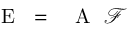
\mathrm { ~ \textbf ~ { ~ E ~ } ~ } = \mathrm { ~ \textbf ~ { ~ A ~ } ~ } \mathcal { F }